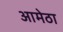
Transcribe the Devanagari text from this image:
आमेठा